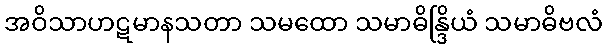
အဝိသာဟဋမာနသတာ သမထော သမာဓိန္ဒြိယံ သမာဓိဗလံ